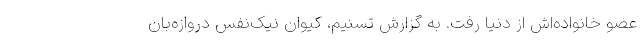
عضو خانواده‌اش از دنیا رفت. به گزارش تسنیم، کیوان نیک‌نفس دروازه‌بان